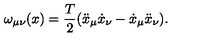
\omega _ { \mu \nu } ( x ) = { \frac { T } { 2 } } ( \ddot { x } _ { \mu } \dot { x } _ { \nu } - \dot { x } _ { \mu } \ddot { x } _ { \nu } ) .